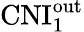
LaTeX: \mathrm{CNI}_{1}^{\mathrm{out}}